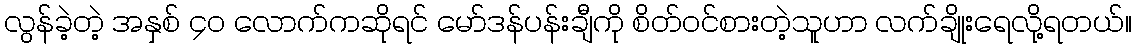
လွန်ခဲ့တဲ့ အနှစ် ၄၀ လောက်ကဆိုရင် မော်ဒန်ပန်းချီကို စိတ်၀င်စားတဲ့သူဟာ လက်ချိုးရေလို့ရတယ်။